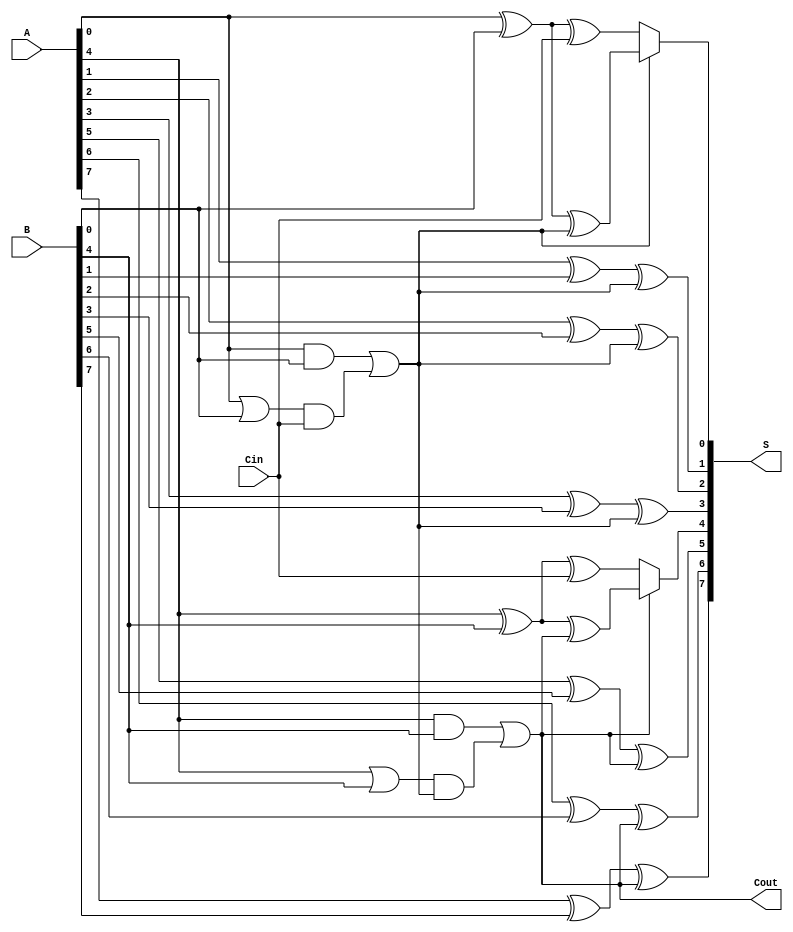
module CarrySelectAdder #(parameter N = 8) (
    input  [N-1:0] A,     // First operand
    input  [N-1:0] B,     // Second operand
    input          Cin,    // Carry-in
    output [N-1:0] S,     // Sum output
    output         Cout     // Carry-out
);
    
    wire [N-1:0] G;       // Generate signals
    wire [N-1:0] P;       // Propagate signals
    wire [N/4:0] C;       // Carry signals for each segment (including Cin)
    
    // Generate and propagate signals
    genvar i;
    generate
        for (i = 0; i < N; i = i + 1) begin: gen_prop
            assign G[i] = A[i] & B[i];  // Generate
            assign P[i] = A[i] | B[i];  // Propagate
        end
    endgenerate

    // Carry calculation for each segment
    // We assume 4 segments for an N = 8 bit adder; adjust as needed
    generate
        for (i = 0; i < N/4; i = i + 1) begin: segments
            // Calculate carry for segment i
            if (i == 0) begin
                assign C[i] = G[i*4] | (P[i*4] & Cin);
            end else begin
                assign C[i] = G[i*4] | (P[i*4] & C[i-1]);
            end
        end
    endgenerate

    // Sum calculation for each bit
    generate
        for (i = 0; i < N; i = i + 1) begin: sum_calc
            wire sum_with_cin;
            wire sum_with_cout;

            assign sum_with_cin = A[i] ^ B[i] ^ Cin; // Using Cin for the first segment
            assign sum_with_cout = A[i] ^ B[i] ^ C[i/4]; // Using carry from the respective segment

            // Select the sum based on the segment
            if (i % 4 == 0) begin
                assign S[i] = (C[i/4] ? sum_with_cout : sum_with_cin);
            end else begin
                assign S[i] = sum_with_cout;
            end
        end
    endgenerate

    // Final carry out
    assign Cout = C[N/4 - 1];

endmodule